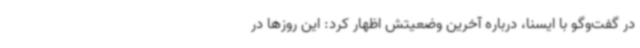
در گفت‌وگو با ایسنا، درباره آخرین وضعیتش اظهار کرد: این روزها در